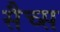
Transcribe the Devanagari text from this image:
सैच्‍स